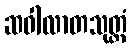
ဆဝါလာတသုတ္တံ